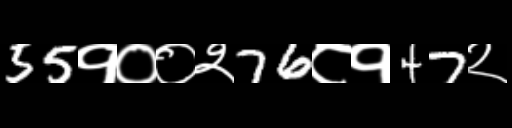
Text: 55१००२76८१47२